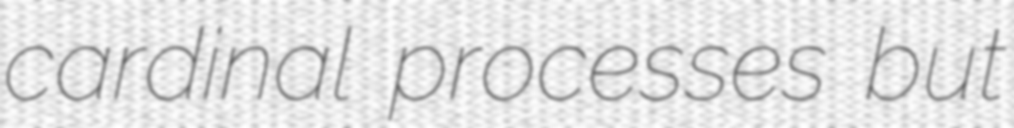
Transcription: cardinal processes but